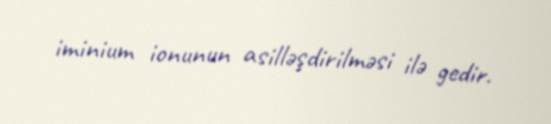
iminium ionunun asilləşdirilməsi ilə gedir.